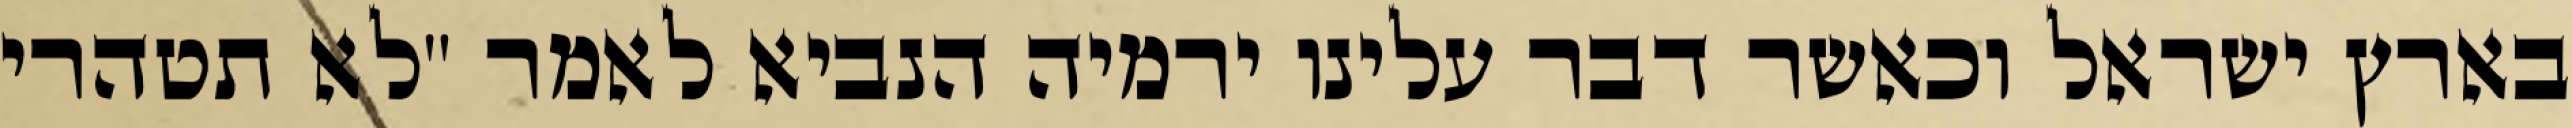
בארץ ישראל וכאשר דבר עלינו ירמיה הנביא לאמר "לא תטהרי